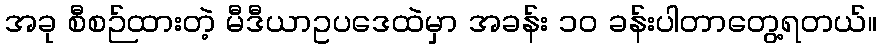
အခု စီစဉ်ထားတဲ့ မီဒီယာဥပဒေထဲမှာ အခန်း ၁၀ ခန်းပါတာတွေ့ရတယ်။